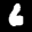
Label: 6